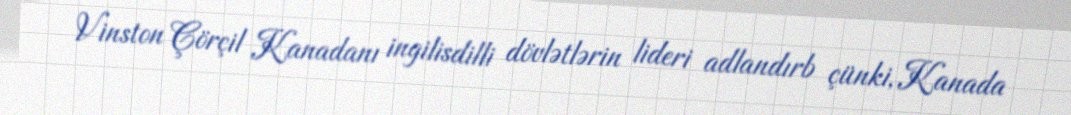
Vinston Çörçil Kanadanı ingilisdilli dövlətlərin lideri adlandırb çünki, Kanada